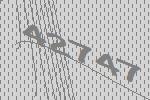
42747